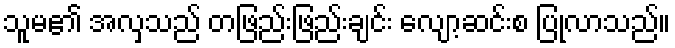
သူမ၏ အလှသည် တဖြည်းဖြည်းချင်း လျော့ဆင်းစ ပြုလာသည်။